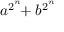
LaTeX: a ^ { 2 ^ { \overset { n } { } } } \! \! + b ^ { 2 ^ { \overset { n } { } } }